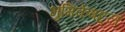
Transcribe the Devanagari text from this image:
भुमिकेबद्दल